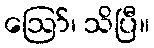
ဪ၊ သိပြီ။